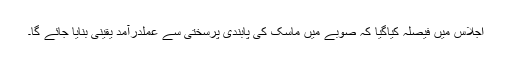
اجلاس میں فیصلہ کیاگیا کہ صوبے میں ماسک کی پابندی پرسختی سے عملدرآمد یقینی بنایا جائے گا۔